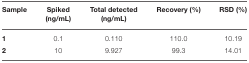
| Sample | Spiked (ng/mL) | Total detected (ng/mL) | Recovery (%) | RSD (%) |
 | --- | --- | --- | --- | --- |
 | 1 | 0.1 | 0.110 | 110.0 | 10.19 |
 | 2 | 10 | 9.927 | 99.3 | 14.01 |